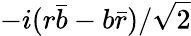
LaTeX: -i(r{\bar{b}}-b{\bar{r}})/{\sqrt{2}}